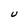
Character: U